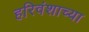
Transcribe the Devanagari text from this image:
हरिवंशाच्या